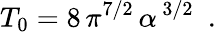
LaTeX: T_{0}=8\, \pi^{7/2}\, \alpha^{\, 3/2}~~.